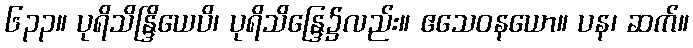
၆၃၃။ ပုရိသိန္ဒြိယေပိ၊ ပုရိသိန္ဒြေ၌လည်း။ ဧသေဝနယော။ ပန၊ ဆက်။